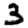
Digit: 3